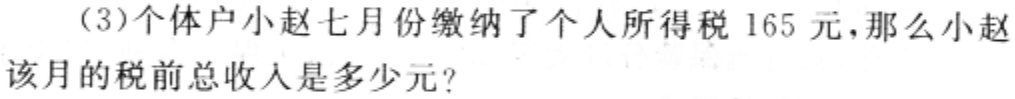
(3)个体户小赵七月份缴纳了个人所得税 165 元,那么小赵该月的税前总收入是多少元?